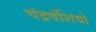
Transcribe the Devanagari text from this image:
चंद्रवंशियो